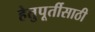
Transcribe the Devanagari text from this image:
हेतुपूर्तीसाठी